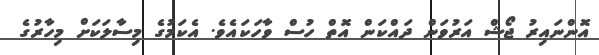
އޮންނައިރު ޖޯޝް އަރުވަން ދައްކަން އޮތް ހުސް ވާހަކައެވެ. އެކަމުގެ މިސާލަކަށް މިހާރުގެ